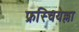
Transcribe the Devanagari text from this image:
फ्रस्चियेल्ला